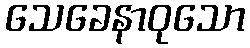
သေခေနာဝုသော